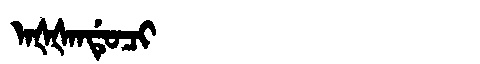
Manchu: ᠠᡧᡧᠠᠨᡩᡠᠴᡳ
Romanization: AŠŠANDUCI